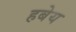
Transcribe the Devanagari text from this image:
हबेय